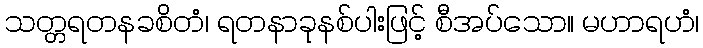
သတ္တရတနခစိတံ၊ ရတနာခုနစ်ပါးဖြင့် စီအပ်သော။ မဟာရဟံ၊